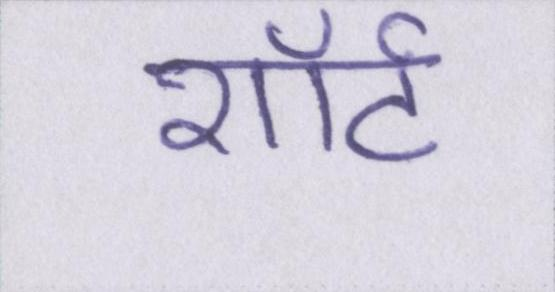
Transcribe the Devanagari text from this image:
शॉर्ट